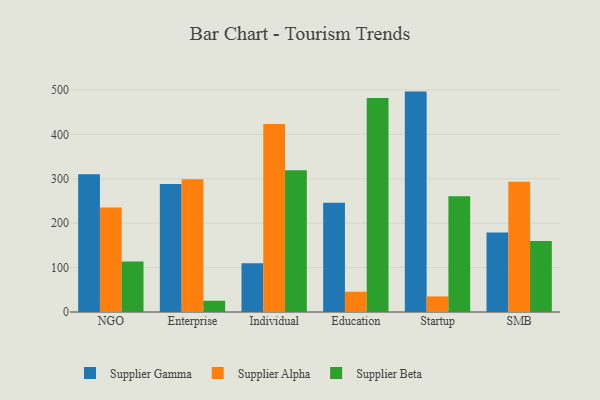
{"axis": {"x": "Segment", "y": "Operating Costs (USD K)"}, "legend": ["Supplier Alpha", "Supplier Beta", "Supplier Gamma"], "data": [{"x": "NGO", "y": 310.3, "type": "Supplier Gamma"}, {"x": "NGO", "y": 235.1, "type": "Supplier Alpha"}, {"x": "NGO", "y": 113.8, "type": "Supplier Beta"}, {"x": "Enterprise", "y": 288.0, "type": "Supplier Gamma"}, {"x": "Enterprise", "y": 299.1, "type": "Supplier Alpha"}, {"x": "Enterprise", "y": 25.3, "type": "Supplier Beta"}, {"x": "Individual", "y": 109.6, "type": "Supplier Gamma"}, {"x": "Individual", "y": 423.3, "type": "Supplier Alpha"}, {"x": "Individual", "y": 319.0, "type": "Supplier Beta"}, {"x": "Education", "y": 246.2, "type": "Supplier Gamma"}, {"x": "Education", "y": 45.6, "type": "Supplier Alpha"}, {"x": "Education", "y": 481.9, "type": "Supplier Beta"}, {"x": "Startup", "y": 496.2, "type": "Supplier Gamma"}, {"x": "Startup", "y": 35.1, "type": "Supplier Alpha"}, {"x": "Startup", "y": 260.6, "type": "Supplier Beta"}, {"x": "SMB", "y": 178.8, "type": "Supplier Gamma"}, {"x": "SMB", "y": 293.3, "type": "Supplier Alpha"}, {"x": "SMB", "y": 160.1, "type": "Supplier Beta"}]}